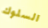
السلوك